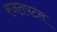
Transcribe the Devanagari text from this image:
रजतपटल